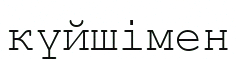
күйшімен